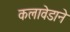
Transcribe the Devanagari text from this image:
कलावेडाने